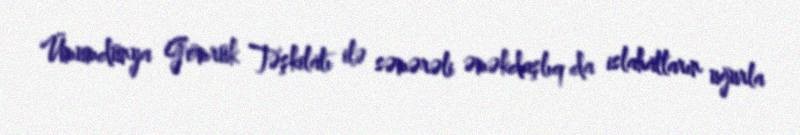
Ümumdünya Gömrük Təşkilatı ilə səmərəli əməkdaşlıq da islahatların uğurla